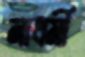
নাধর্মী